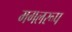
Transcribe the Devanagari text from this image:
मगलरूप